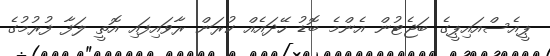
ޕީއެސްއައިޕީގެ ބަޖެޓުން އެންމެ ބޮޑު ހޭދައެއް ކުރަން ރާވައިފައި އޮތީ ލަފާ ފުރުމުގެ